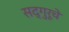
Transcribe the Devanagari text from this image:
सद्गुरूचे